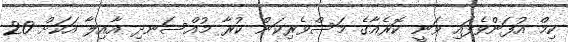
ކިމް އުފަންވެފައި ވަނީ ކޮރެއާގެ މަސްވެރިކަން ކުރާ މުއްސަނދި އާއިލާ އަކަށް 20